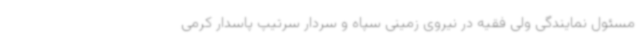
مسئول نمایندگی ولی فقیه در نیروی زمینی سپاه و سردار سرتیپ پاسدار کرمی